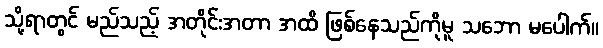
သို့ရာတွင် မည်သည့် အတိုင်းအတာ အထိ ဖြစ်နေသည်ကိုမူ သဘော မပေါက်။